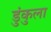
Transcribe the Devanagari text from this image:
डुंकुला